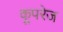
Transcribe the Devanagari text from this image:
कूपरेज